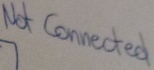
Text: Not Connected